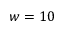
w = 1 0